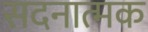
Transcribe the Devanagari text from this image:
सदनात्मक